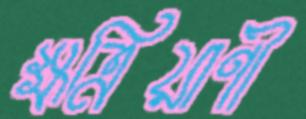
ক্ষত্রিয়াণী